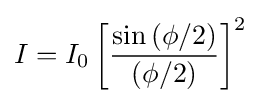
I=I_{0}\left[{\frac {\sin \left(\phi /2\right)}{\left(\phi /2\right)}}\right]^{2}\,\!